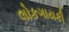
લોકગાયકી